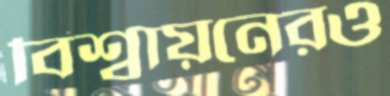
বিশ্বায়নেরও